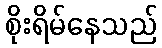
စိုးရိမ်နေသည်